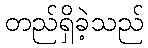
တည်ရှိခဲ့သည်